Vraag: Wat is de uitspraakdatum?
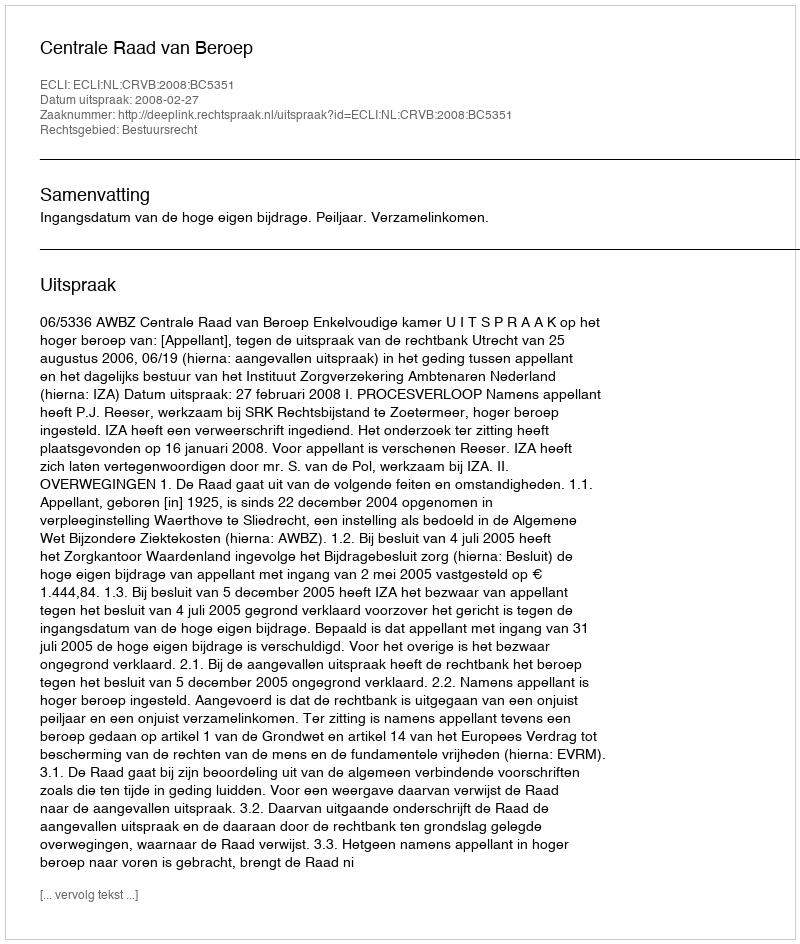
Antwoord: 2008-02-27